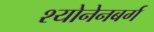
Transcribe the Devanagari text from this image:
श्योनेनबर्ग